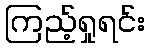
ကြည့်ရှုရင်း